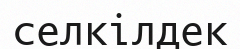
селкілдек